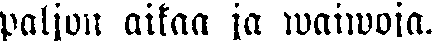
paljun aikaa ja waiwoja.